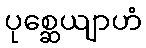
ပုစ္ဆေယျာဟံ